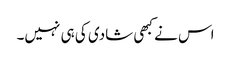
اس نے کبھی شادی کی ہی نہیں۔